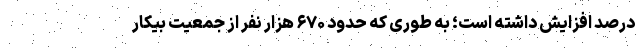
درصد افزایش داشته است؛ به طوری که حدود ۶۷۰ هزار نفر از جمعیت بیکار